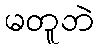
မတူဘဲ